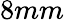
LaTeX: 8mm